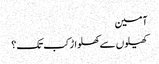
آمین
کھیلوں سے کھلواڑ کب تک؟